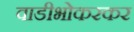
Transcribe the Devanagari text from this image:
वाडीभोकरकर